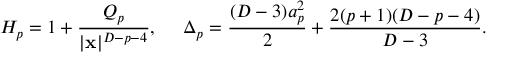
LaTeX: H _ { p } = 1 + { \frac { Q _ { p } } { | { \bf x } | ^ { D - p - 4 } } } , \ \ \ \ \Delta _ { p } = { \frac { ( D - 3 ) a _ { p } ^ { 2 } } { 2 } } + { \frac { 2 ( p + 1 ) ( D - p - 4 ) } { D - 3 } } .